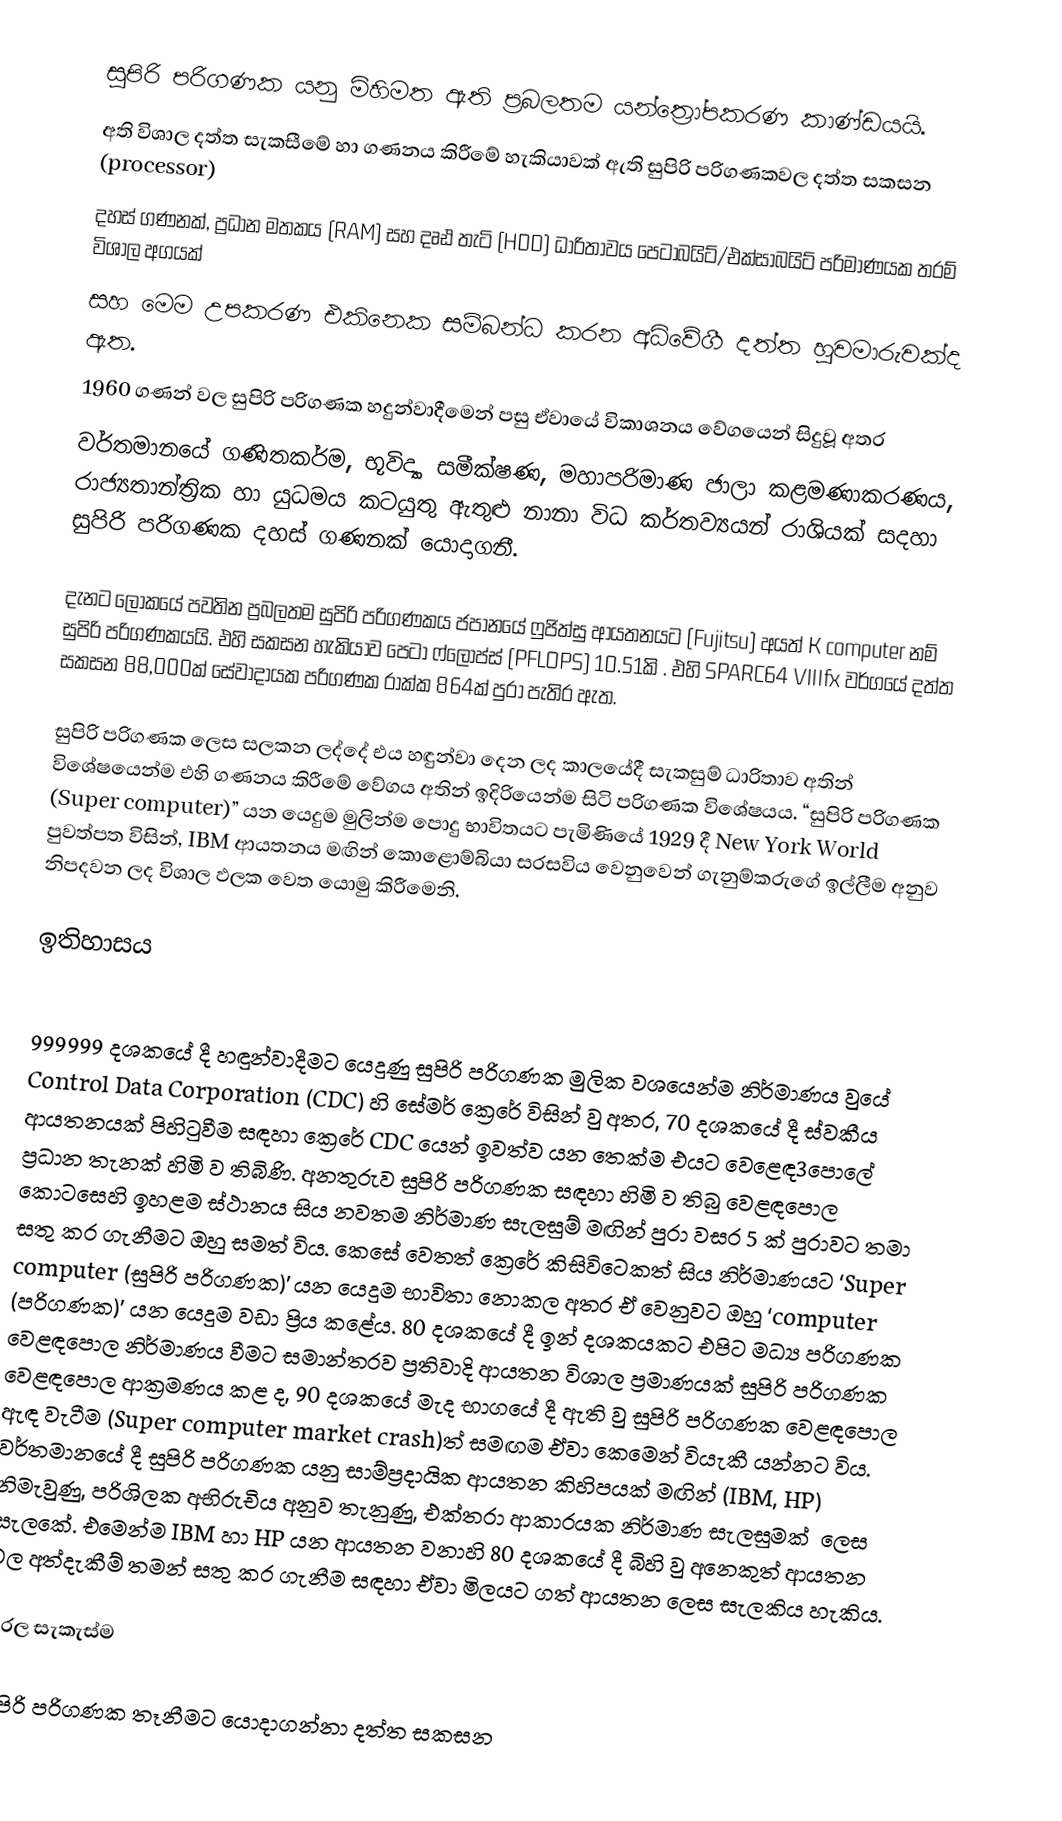
සුපිරි පරිගණක යනු මිහිමත ඇති ප්‍රබලතම යන්ත්‍රෝපකරණ කාණ්ඩයයි.
අති විශාල දත්ත සැකසීමේ හා ගණනය කිරීමේ හැකියාවක් ඇති සුපිරි පරිගණකවල දත්ත සකසන (processor)
දහස් ගණනක්, ප්‍රධාන මතකය (RAM) සහ දෘඪ තැටි (HDD) ධාරිතාවය පෙටාබයිට්/එක්සාබයිට් පරිමාණයක තරම් විශාල අගයක්
සහ මෙම උපකරණ එකිනෙක සම්බන්ධ කරන අධිවේගී දත්ත හුවමාරුවක්ද ඇත.
1960 ගණන් වල සුපිරි පරිගණක හදුන්වාදීමෙන් පසු ඒවායේ විකාශනය වේගයෙන් සිදුවූ අතර
වර්තමානයේ ගණිතකර්ම, භූවිද්‍යා සමීක්ෂණ, මහාපරිමාණ ජාලා කළමණාකරණය, රාජ්‍යතාන්ත්‍රික හා යුධමය කටයුතු ඇතුළු නානා විධ කර්තව්‍යයන් රාශියක් සදහා සුපිරි පරිගණක දහස් ගණනක් යොදාගනී.

දැනට ලෝකයේ පවතින ප්‍රබලතම සුපිරි පරිගණකය ජපානයේ ෆුජිත්සු ආයතනයට (Fujitsu) අයත් K computer නම් සුපිරි පරිගණකයයි. එහි සකසන හැකියාව පෙටා ෆ්ලොප්ස් (PFLOPS) 10.51කි . එහි SPARC64 VIIIfx  වර්ගයේ දත්ත සකසන 88,000ක් සේවාදායක පරිගණක රාක්ක 864ක් පුරා පැතිර ඇත.

සුපිරි පරිගණක ලෙස සලකන ලද්දේ එය හඳුන්වා දෙන ලද කාලයේදී සැකසුම් ධාරිතාව අතින් විශේෂයෙන්ම එහි ගණනය කිරීමේ වේගය අතින් ඉදිරියෙන්ම සිටි පරිගණක විශේෂයය. “සුපිරි පරිගණක (Super computer)” යන යෙදුම මුලින්ම පොදු භාවිතයට පැමිණියේ 1929 දී New York World  පුවත්පත විසින්, IBM ආයතනය මඟින් කොළොම්බියා සරසවිය වෙනුවෙන් ගැනුම්කරුගේ ඉල්ලීම අනුව නිපදවන ලද විශාල ඵලක වෙත යොමු කිරීමෙනි.

ඉතිහාසය

999999 දශකයේ දී හඳුන්වාදීමට යෙදුණු සුපිරි පරිගණක මුලික වශයෙන්ම නිර්මාණය වුයේ Control Data Corporation (CDC)  හි සේමර් ක්‍රෙරේ විසින් වු අතර, 70 දශ‍කයේ දී ස්වකීය ආයතනයක් පිහිටුවීම සඳහා  ක්‍රෙරේ CDC යෙන් ඉවත්ව යන තෙක්ම එයට වෙළෙඳ3පොලේ ප්‍රධාන තැනක් හිමි ව තිබිණි. අනතුරුව සුපිරි පරිගණක සඳහා හිමි ව තිබු වෙළඳපොල ‍කොටසෙහි ඉහළම ස්ථානය සිය නවතම නිර්මාණ සැලසුම් මඟින් පුරා වසර 5 ක් පුරාවට තමා සතු කර ගැනීමට ඔහු සමත් විය. කෙසේ වෙතත් ක්‍රෙරේ  කිසිවිටෙකත් සිය නිර්මාණයට ‘Super computer (සුපිරි පරිගණක)’ යන යෙදුම භාවිතා නොකල අතර ඒ වෙනුවට ඔහු  ‘computer (පරිගණක)’ යන යෙදුම වඩා ප්‍රිය කළේය. 80 දශ‍කයේ දී ඉන් දශකයකට එපිට මධ්‍ය පරිගණක වෙළඳපොල නිර්මාණය වීමට සමාන්තරව ප්‍රතිවාදි ආයතන විශාල ප්‍රමාණයක් ‍සුපිරි පරිගණක වෙළඳපොල ආක්‍රමණය කළ ද, 90 දශකයේ මැද භාගයේ දී ඇති වු සුපිරි පරිගණක වෙළඳපොල ඇඳ වැටීම (Super computer market crash)ත් සමඟම ඒවා කෙමෙන් වියැකී යන්නට විය. වර්තමානයේ දී සුපිරි පරිගණක යනු සාම්ප්‍රදායික ආයතන කිහිපයක් මඟින්  (IBM, HP)  නිමැවුණු, පරිශිලක අභිරුචිය අනුව තැනුණු, එක්තරා ආකාරයක නිර්මාණ සැලසුමක් ‍ ලෙස සැලකේ. එමෙන්ම IBM හා  HP යන ආයතන වනාහි 80 දශ‍කයේ දී බිහි වු අනෙකුත් ආයතන වල අත්දැකීම් තමන් සතු කර ගැනීම සඳහා ඒවා මිලයට ගත් ආයතන ලෙස සැලකිය හැකිය.

සරල සැකැස්ම

සුපිරි පරිගණක තෑනීමට යොදාගන්නා දත්ත සකසන